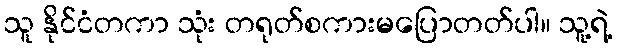
သူ နိုင်ငံတကာ သုံး တရုတ်စကားမပြောတတ်ပါ။ သူ့ရဲ့